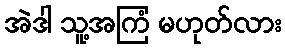
အဲဒါ သူ့အကြံ မဟုတ်လား